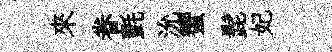
來眷氈沇蠁髭妃